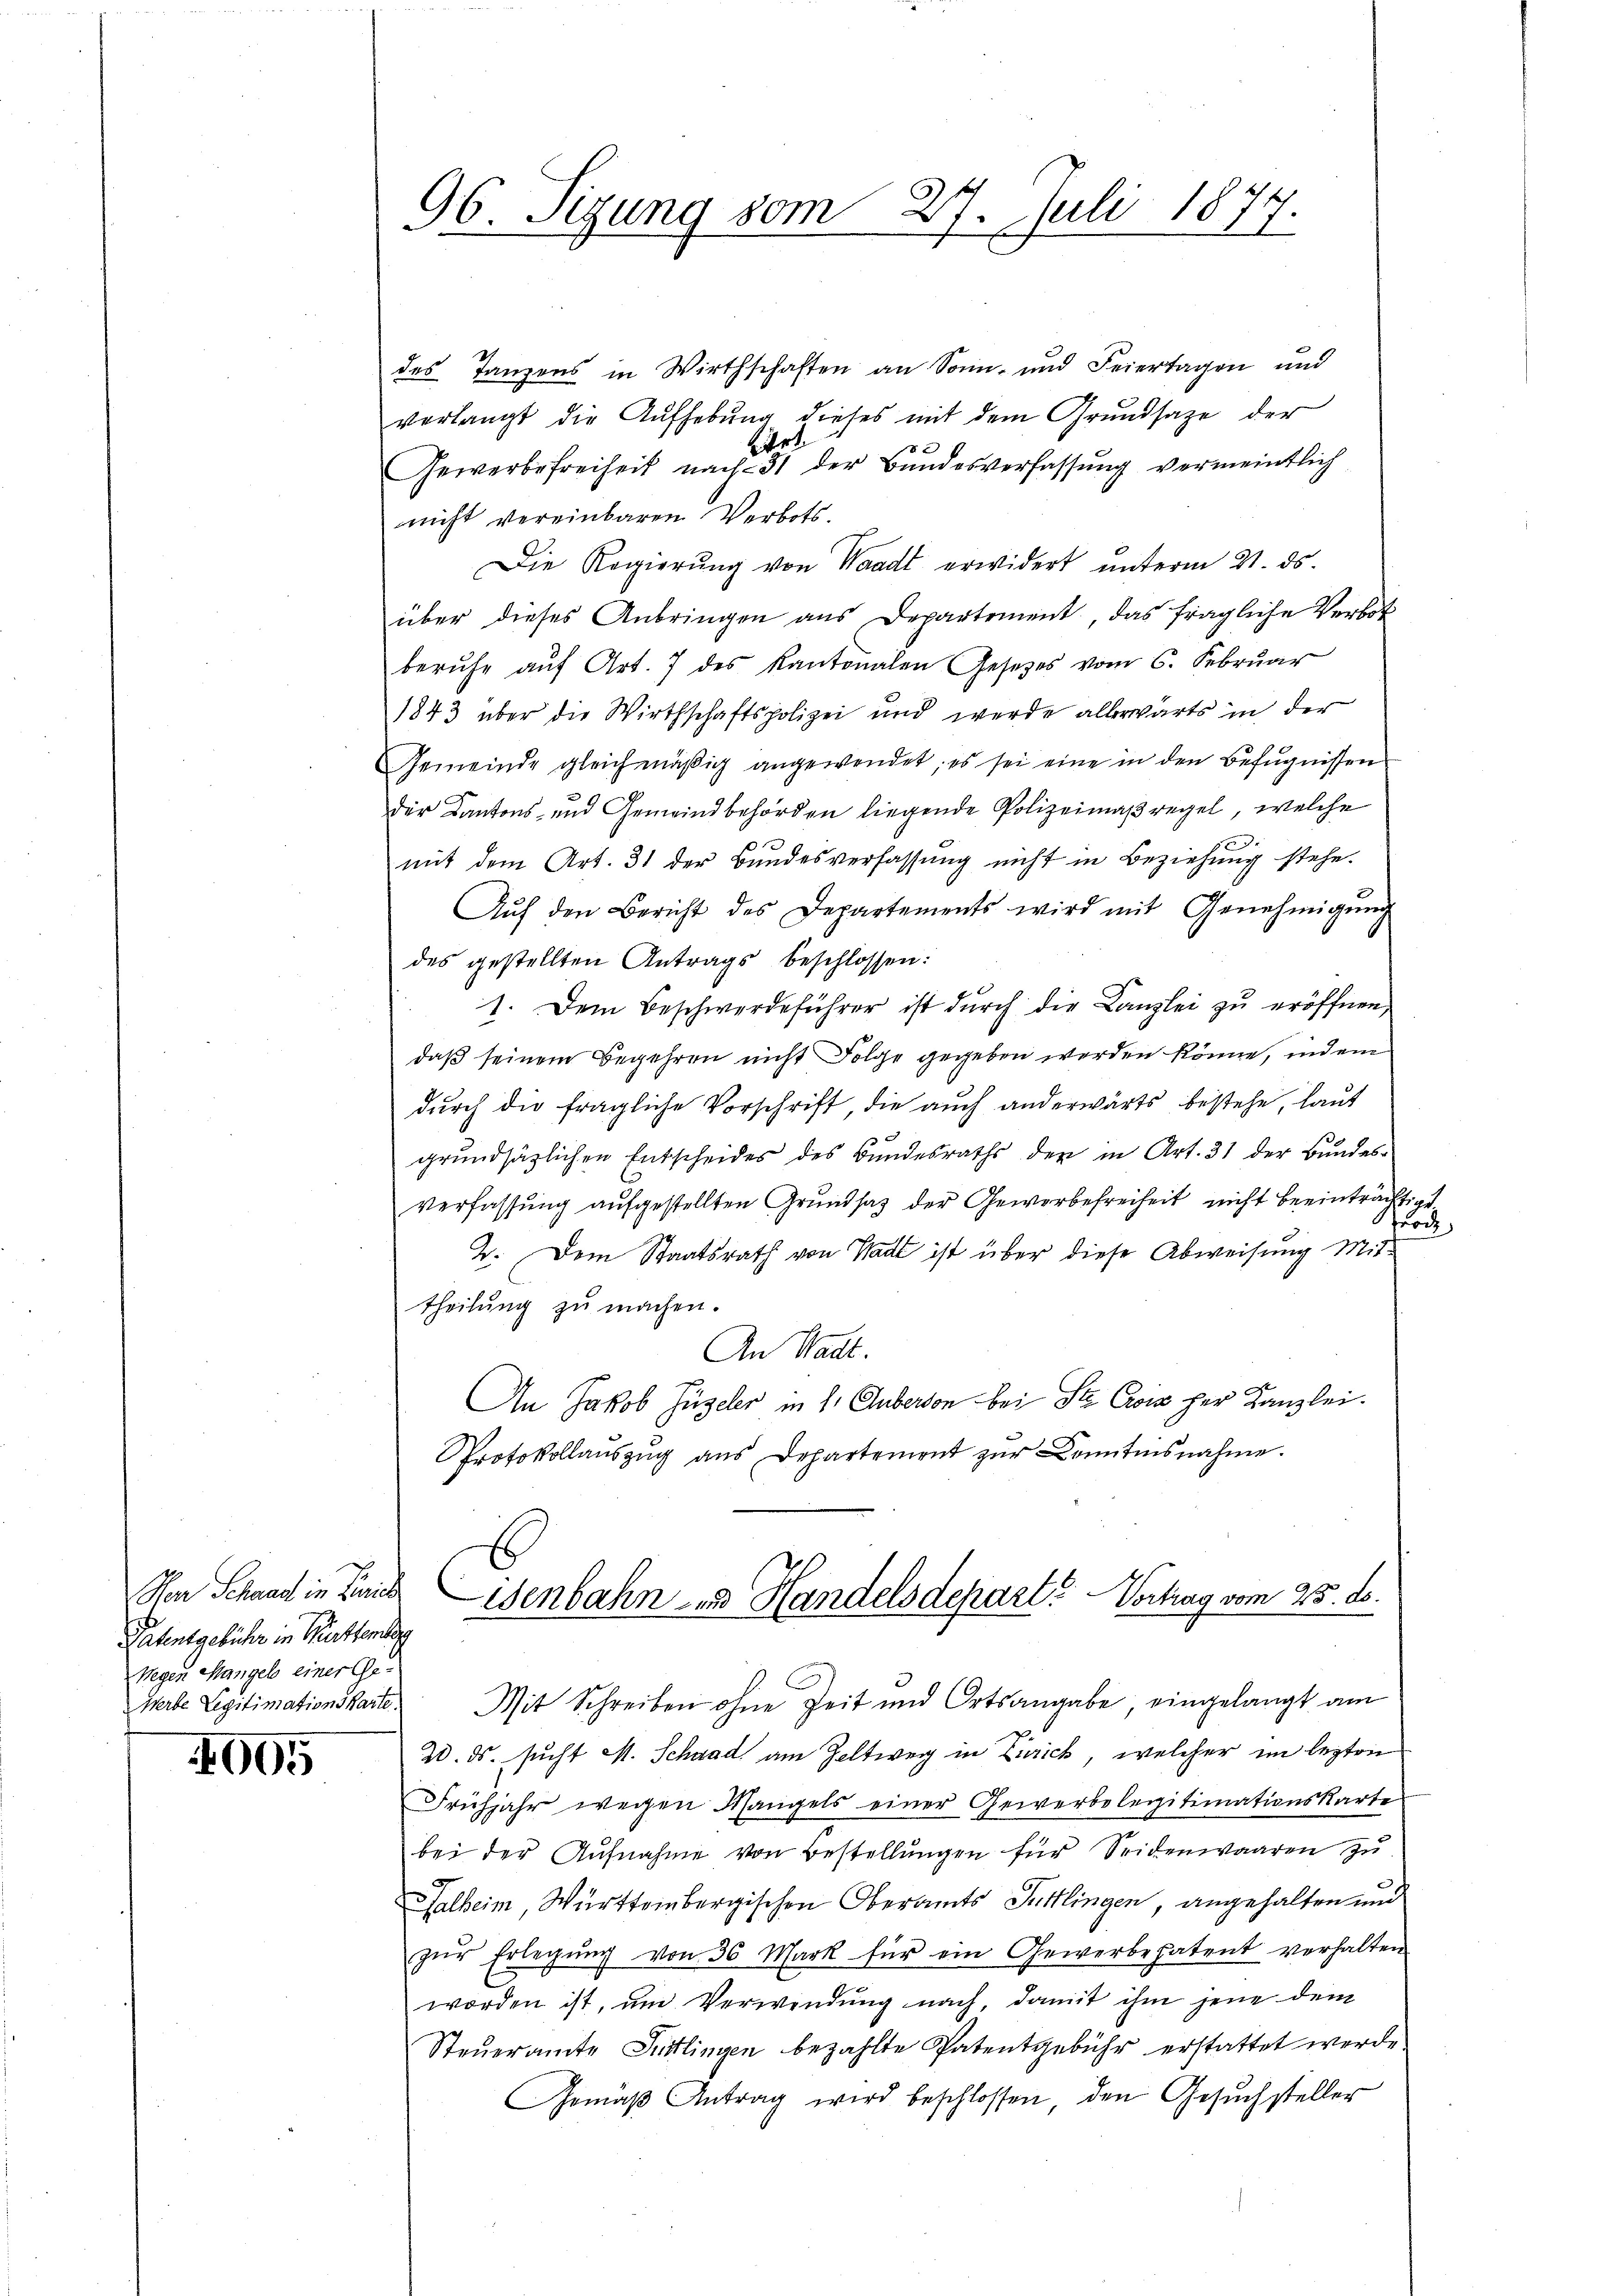
Hen Schaus in Zürich
Patentgebühr in Burkhantag
Wegen Mangel einer Ge¬

005

96. Sizung vom 27. Juli 1877.

des Tanzens in Wirthschaften an Sonn- und Feiertagen und
verlangt die Aufhebung dieses mit dem Grundsaze der
Art
Gewerbefreiheit nach 31 der Bundesverfassŭng vermeintlich
nicht vereinbaren Verbots.
Die Regierŭng von Waadt erwidert ŭnterm 21. ds.
über dieses Anbringen aus Departement, das fragliche Verbot
beruhe auf Art. 7 des Kantonalen Gesetzes vom 6. Februar
1843 über die Wirthschaftspolizei und werde allerwärts in der
Gemeinde gleichmäßig angewendet; es sei eine in den Befugnissen
der Kantons- und Gemeindsbehörden liegende Polizeimaßregel, welche
mit dem Art. 31 der Bundesverfassung nicht in Beziehung stehe.
Aŭf den Bericht des Departements wird mit Genehmigŭng
des gestellten Antrags beschlossen:
1. Dem Beschwerdeführer ist durch die Kanzlei zu eröffnen,
daß seinem Begehren nicht Folge gegeben werden könne, indem
dŭrch die fragliche Vorschrift, die aŭch anderwärts bestehe, laut
grundsätzlichen Entscheides des Bundesraths den in Art. 31 der Bundesverfassung aufgestellten Grundsaz der Gewerbefreiheit nicht beeinträchtigt.
furch
2. Dem Staatsrath von Stadt ist über diese Abweisung Mittheilung zu machen.
An Stadt.
An Jakob Hügeler in 1. Auberson bei Ste Cors her Kanzlei.
Protokollauszug aus Departement zur Kenntnisnahme.
isenbahn zu Handelsdepart. Vortrag vom 25. ds.
Werte Legitimationskarte. Mit Schreiben ohne Zeit und Ortsangabe eingelangt am
20. ds. sucht M. Schaad am Zeltweg in Zürich, welcher im lezten
Frühjahr wegen Mangels einer Gewerbelegitimationskarte
bei der Aufnahme von Bestellungen für Seidenwaaren zu
Falheim, Württembergischen Oberamts Tuttlingen, angehalten und
zŭr Erlegŭng von 36 Mark für ein Gewerbepatent verhalten
worden ist, um Verwendung nach, damit ihm jene dem
Steŭeramte Sittlingen bezahlte Patentgebühr erstattet werde.
Gemäβ Antrag wird beschlossen, den Gesuchsteller